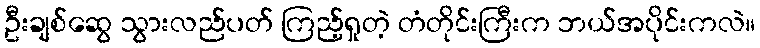
ဦးချစ်ဆွေ သွားလည်ပတ် ကြည့်ရှုတဲ့ တံတိုင်းကြီးက ဘယ်အပိုင်းကလဲ။